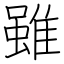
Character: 雖